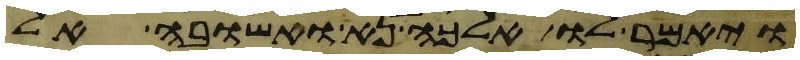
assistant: ויאמר לו אלכה נא ואשובה אל